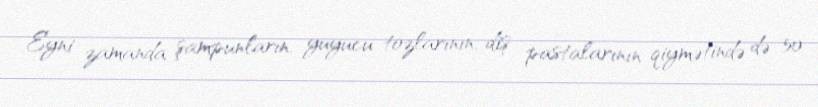
Eyni zamanda şampunların, yuyucu tozlarının, diş pastalarının qiymətində də 50